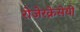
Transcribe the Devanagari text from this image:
रोजेरक्रेसेयी